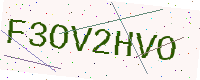
Text: F3OV2HVO